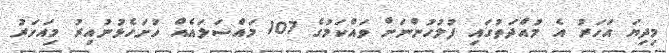
މިދިޔަ އަހަރު އެ މުއްދަތުގައި ފުލުހުންނަށް ވައްކަމުގެ 107 މައްސަލައެއް ހުށަހެޅުނުއިރު މިއަހަރު